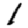
Digit: 1